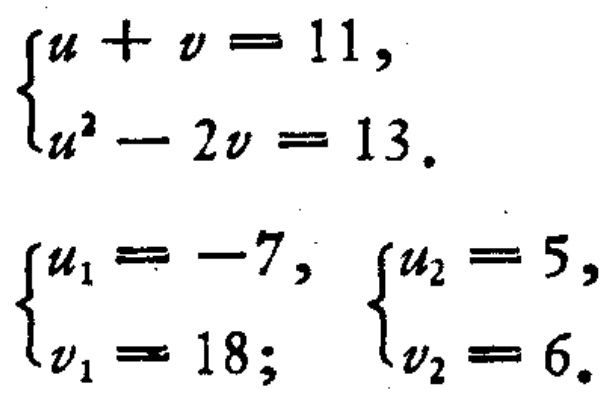
\[
\begin{cases}
u + v = 11, \\
u^{2} - 2v = 13.
\end{cases}
\]
\[
\begin{cases}
u_{1} = -7, \\
v_{1} = 18;
\end{cases}
\quad
\begin{cases}
u_{2} = 5, \\
v_{2} = 6.
\end{cases}
\]